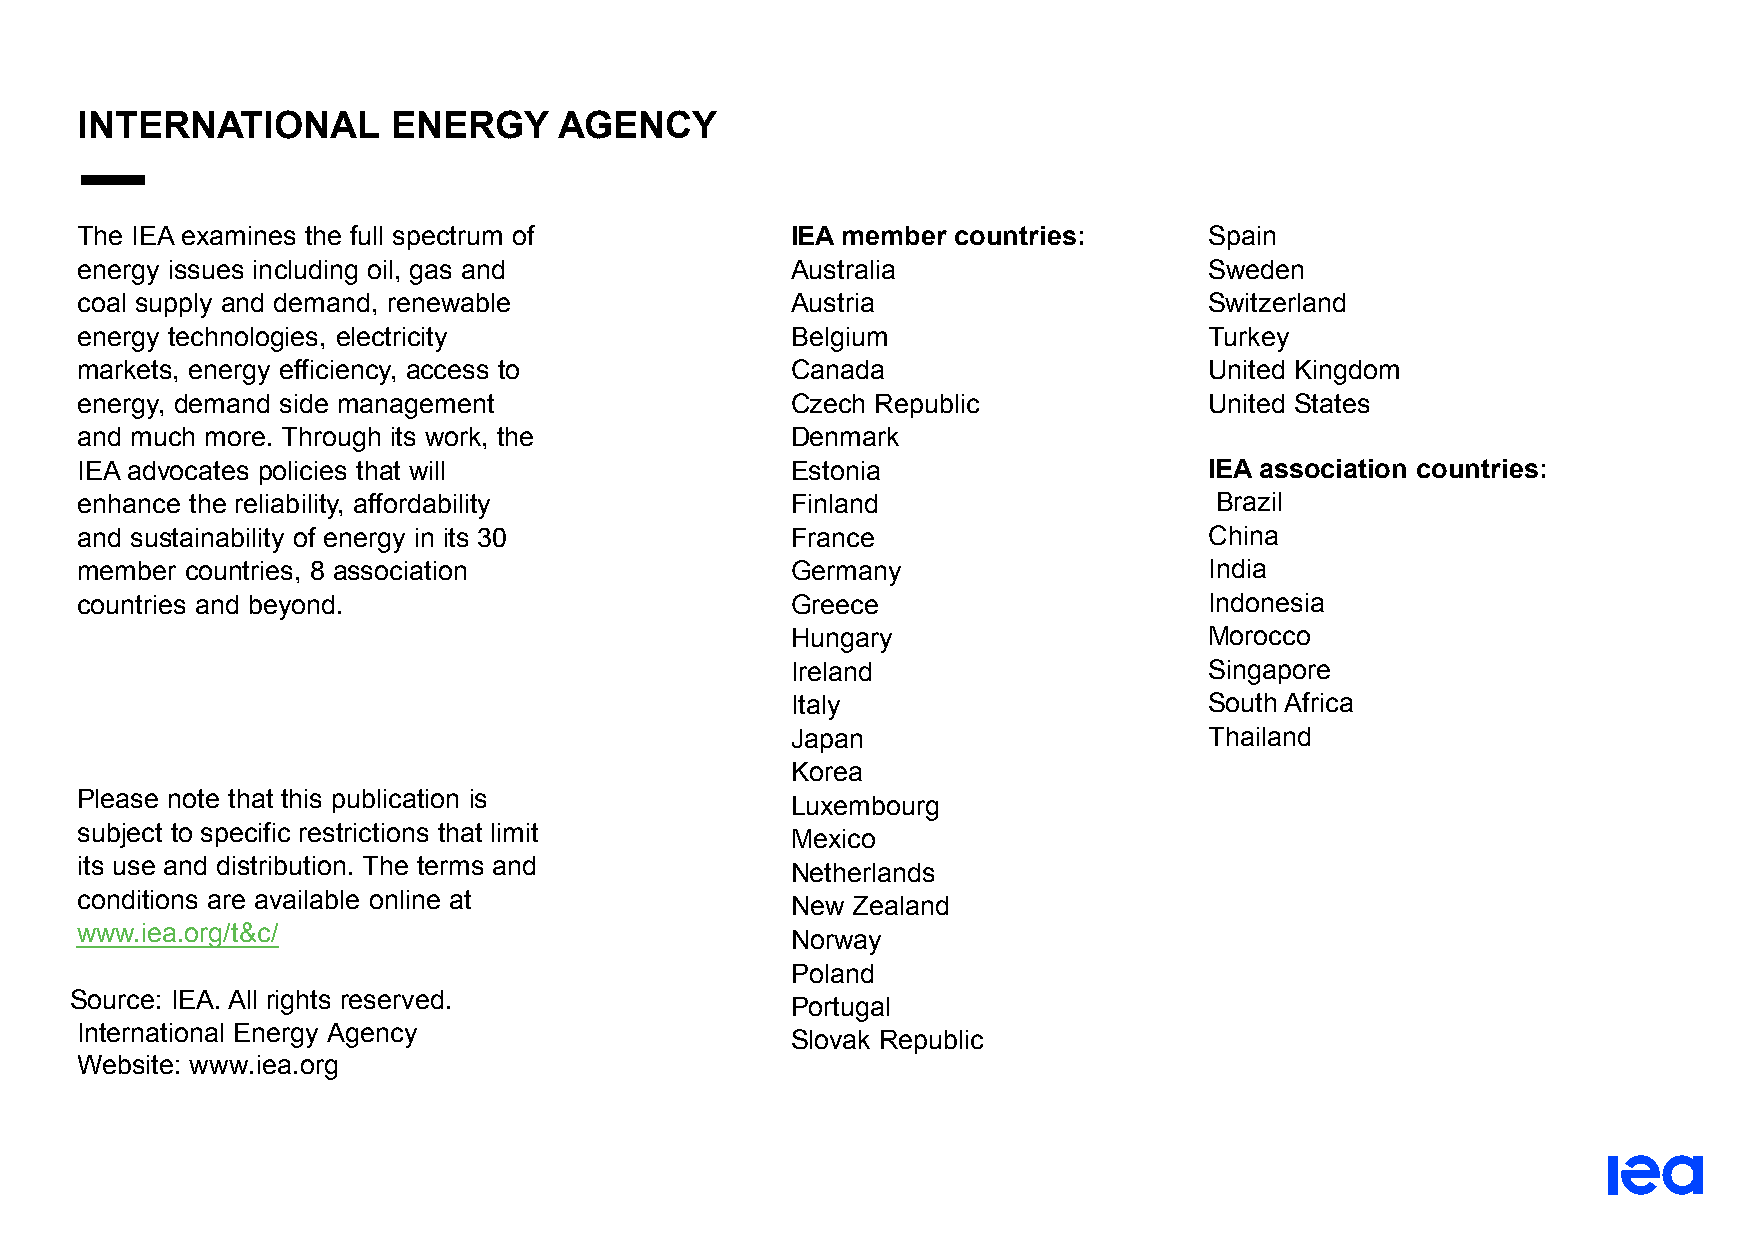
INTERNATIONAL        ENERGY     AGENCY
 The IEA examines the full spectrum of          IEA member countries:       Spain
 energy issues including oil, gas and           Australia                   Sweden
 coal supply and demand, renewable              Austria                     Switzerland
 energy technologies, electricity               Belgium                     Turkey
 markets, energy efficiency, access to          Canada                      United Kingdom
 energy, demand side management                 Czech Republic              United States
 and much more. Through its work, the           Denmark
 IEA advocates policies that will               Estonia                     IEA association countries:
 enhance the reliability, affordability         Finland                     Brazil
 and sustainability of energy in its 30         France                      China
 member countries, 8 association                Germany                     India
 countries and beyond.                          Greece                      Indonesia
 Hungary                     Morocco
 Ireland                     Singapore
 Italy                       South Africa
 Japan                       Thailand
 Korea
 Please note that this publication is
 Luxembourg
 subject to specific restrictions that limit
 Mexico
 its use and distribution. The terms and
 Netherlands
 conditions are available online at
 New Zealand
 www.iea.org/t&c/
 Norway
 Poland
 Source: IEA. All rights reserved.
 Portugal
 International Energy Agency
 Slovak Republic
 Website: www.iea.org